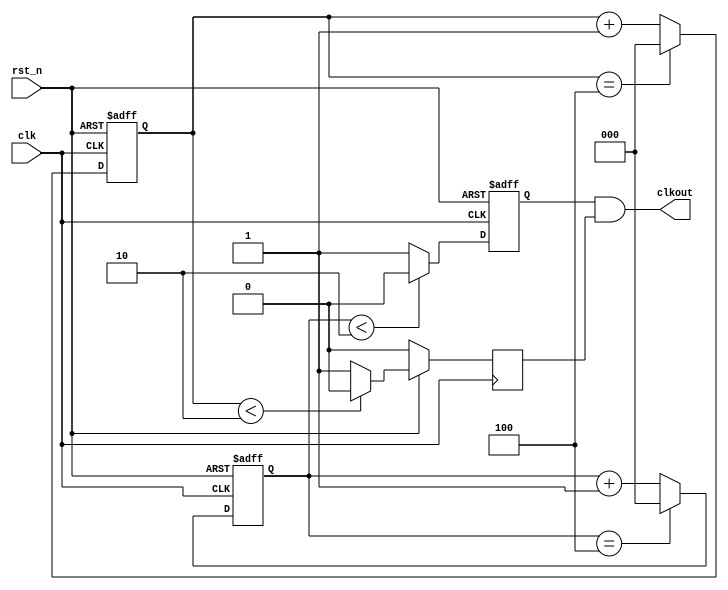
module divide(clk,rst_n,clkout);
 
   input clk,rst_n;                       	//输入信号，频率为50MHz
   output clkout;                          	//输出信号，可以连接到LED观察分频的时钟
 
	reg[WIDTH-1:0] cnt_p,cnt_n;     				//cnt_p为上升沿触发时的计数器，cnt_n为下降沿触发时的计数器
	reg clk_p,clk_n;     							//clk_p为上升沿触发时分频时钟，clk_n为下降沿触发时分频时钟
 
	parameter WIDTH	= 3;             			//计数器的位数，计数的最大值为 2**WIDTH-1
	parameter N	= 5;             					//分频系数，请确保 N < 2**WIDTH-1，否则计数会溢出
 
	//上升沿触发时计数器的控制
	always @ (posedge clk or negedge rst_n)begin                   
		if(~rst_n)cnt_p<=0;
		else if(cnt_p==(N-1))cnt_p<=0;
		else cnt_p<=cnt_p+1;             		//计数器一直计数，当计数到N-1的时候清零，这是一个模N的计数器
	end
 
	//上升沿触发的分频时钟输出,如果N为奇数得到的时钟占空比不是50%；如果N为偶数得到的时钟占空比为50%
	always @ (posedge clk or negedge rst_n)begin
		if(~rst_n)clk_p<=0;
		else if(cnt_p<(N>>1))clk_p<=0;			//N>>1表示右移一位，相当于除以2去掉余数
		else clk_p<=1;               				//得到的分频时钟正周期比负周期多一个clk时钟
	end
 
   //下降沿触发时计数器的控制        	
	always @ (negedge clk or negedge rst_n)begin
		if(~rst_n)cnt_n<=0;
		else if(cnt_n==(N-1))cnt_n<=0;
		else cnt_n<=cnt_n+1;
	end
 
   //下降沿触发的分频时钟输出，和clk_p相差半个时钟
	always @ (negedge clk)begin
		if(~rst_n)clk_n<=0;
		else if(cnt_n<(N>>1))clk_n<=0;
		else clk_n<=1;                			//得到的分频时钟正周期比负周期多一个clk时钟
	end

	//当N=1时，直接输出clk
	//当N为偶数也就是N的最低位为0，N（0）=0，输出clk_p
	//当N为奇数也就是N最低位为1，N（0）=1，输出clk_p&clk_n。正周期多所以是相与
	assign clkout = (N==1)?clk:(N[0])?(clk_p&clk_n):clk_p;  
	
endmodule